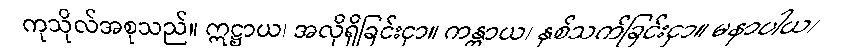
ကုသိုလ်အစုသည်။ ဣဋ္ဌာယ၊ အလိုရှိခြင်းငှာ။ ကန္တာယ၊ နှစ်သက်ခြင်းငှာ။ မနာပါယ၊